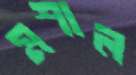
মশাল